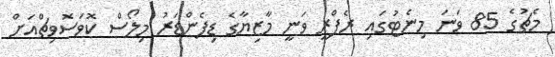
މެޗުގެ 85 ވަނަ މިނެޓުގައި ރެފްރީ ވަނީ މާޒިޔާގެ ޑިފެންޑަރު މިލޯސް ކޮވަސޮވިޗްއަށް